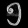
Digit: ၅